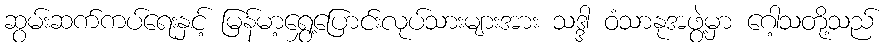
ဆွမ်းဆက်ကပ်ရေးနှင့် မြန်မာ့ရွှေ့ပြောင်းလုပ်သားများအား သဒ္ဒါ ဝံသာနုအဖွဲ့မှာ ဂေါ့သတို့သည်